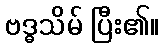
ဗဒ္ဓသိမ် ပြီး၏။